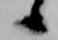
候